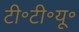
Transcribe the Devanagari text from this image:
टी॰टी॰यू॰